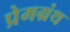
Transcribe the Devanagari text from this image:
प्रेमग्रंथ